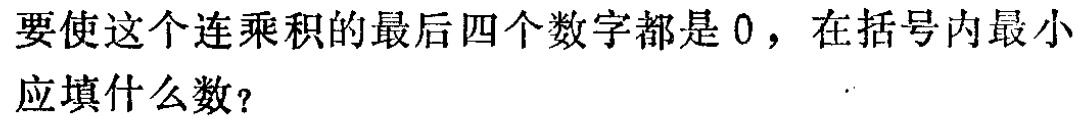
要使这个连乘积的最后四个数字都是0，在括号内最小应填什么数？